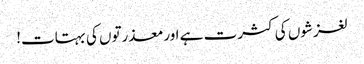
لغزشوں کی کثرت ہے اورمعذرتوں کی بہتات!